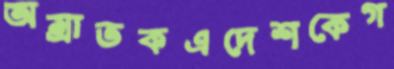
অম্রাতকএদেশকেগ